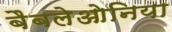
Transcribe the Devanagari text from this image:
बैबलेओनिया